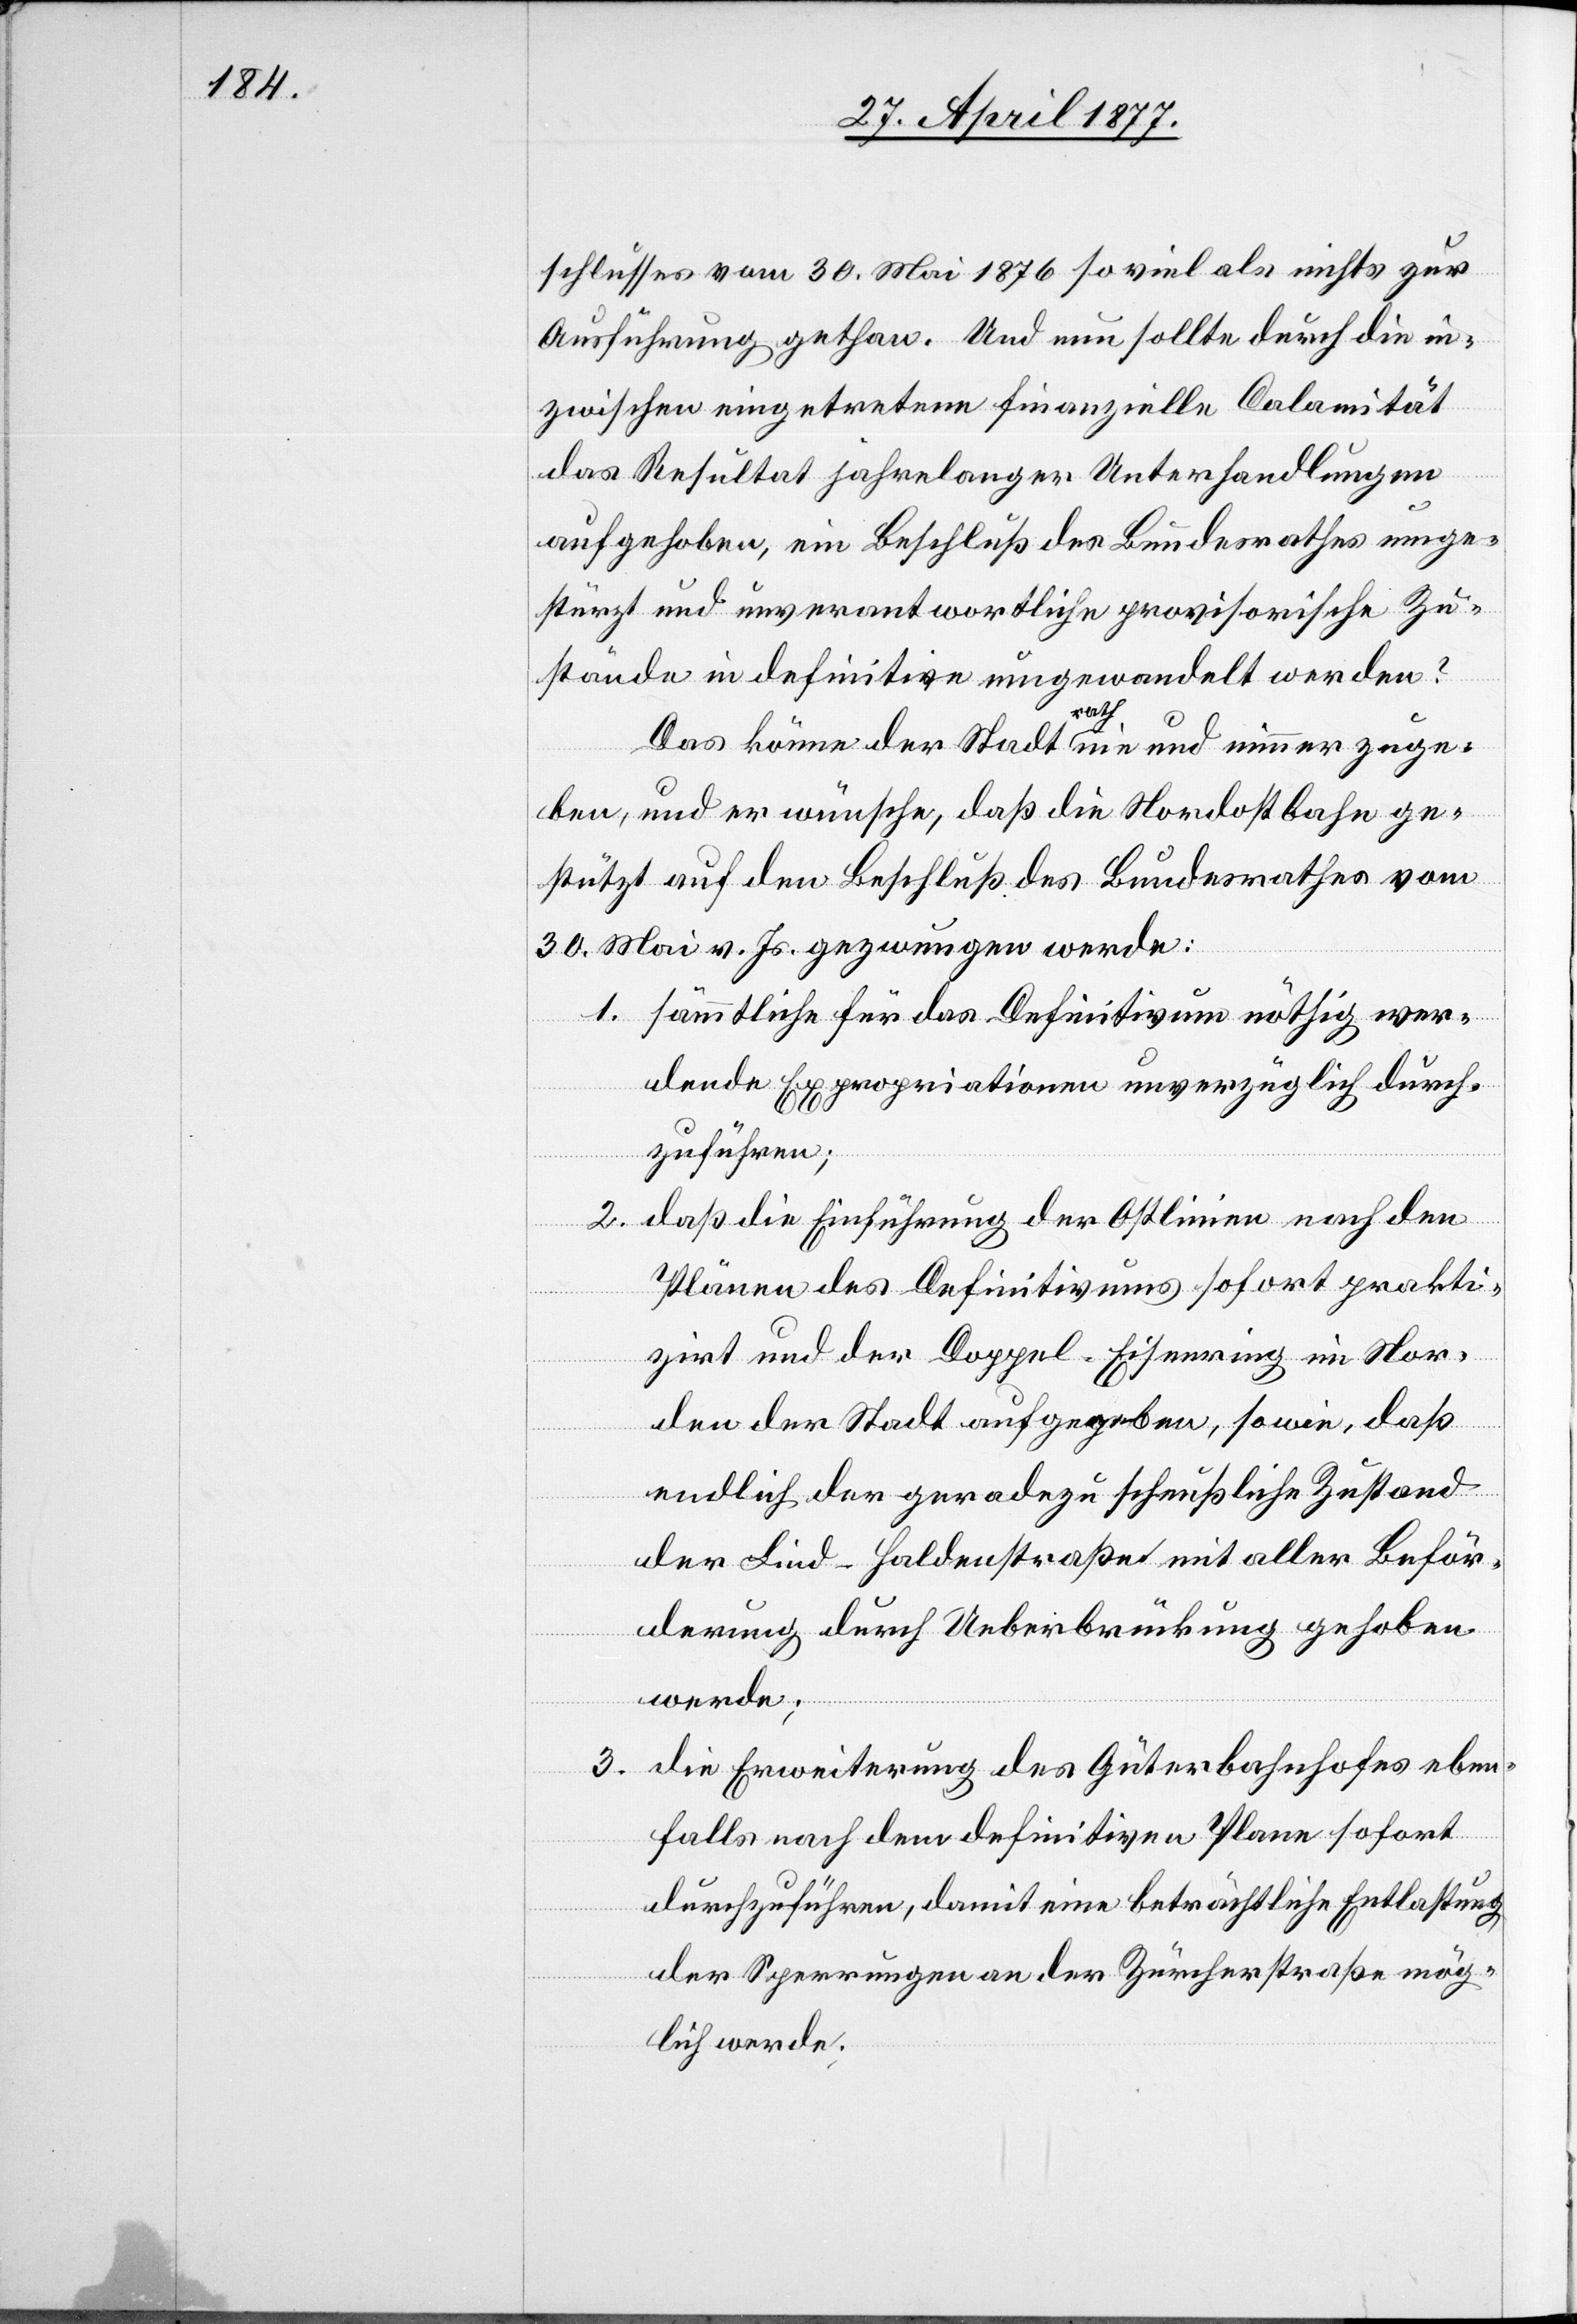
schlusses vom 30. Mai 1876 so viel als nichts zur
Ausführung gethan. Und nun sollte durch die in¬
zwischen eingetretene finanzielle Calamität
das Resultat jahrelanger Unterhandlungen
aufgehoben, ein Beschluß des Bundesrathes umge¬
stürzt und unverantwortliche provisorische Zu¬
stände in definitive umgewandelt werden?
Das könne der Stadtrath nie und nimmer zuge¬
ben, und er wünsche, daß die Nordostbahn ge¬
stützt auf den Beschluß des Bundesrathes vom
30. Mai v. Js. gezwungen werde:
1. sämmtliche für das Definitivum nöthig wer¬
dende Expropriationen unverzüglich durch¬
zuführen;
2. daß die Einführung der Ostlinien nach den
Plänen des Definitivums sofort prakti¬
zirt und der Doppel-Eisenring im Nor¬
den der Stadt aufgegeben, sowie, daß
endlich der geradezu scheußliche Zustand
der Lind-Haldenstraße mit aller Beför¬
derung durch Ueberbrückung gehoben
werde;
3. die Erweiterung des Güterbahnhofes eben¬
falls nach dem definitiven Plane sofort
durchzuführen, damit eine beträchtliche Entlastung
der Sperrungen an der Zürcherstraße mög¬
lich werde;